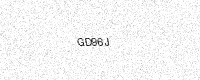
Text: GD96J